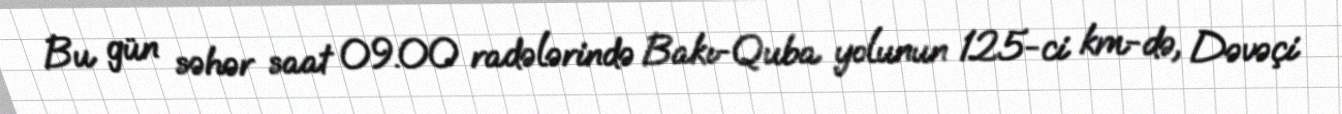
Bu gün səhər saat 09.00 radələrində Bakı-Quba yolunun 125-ci km-də, Dəvəçi